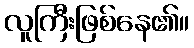
လူကြီးဖြစ်နေ၏။